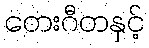
တေးဂီတနှင့်